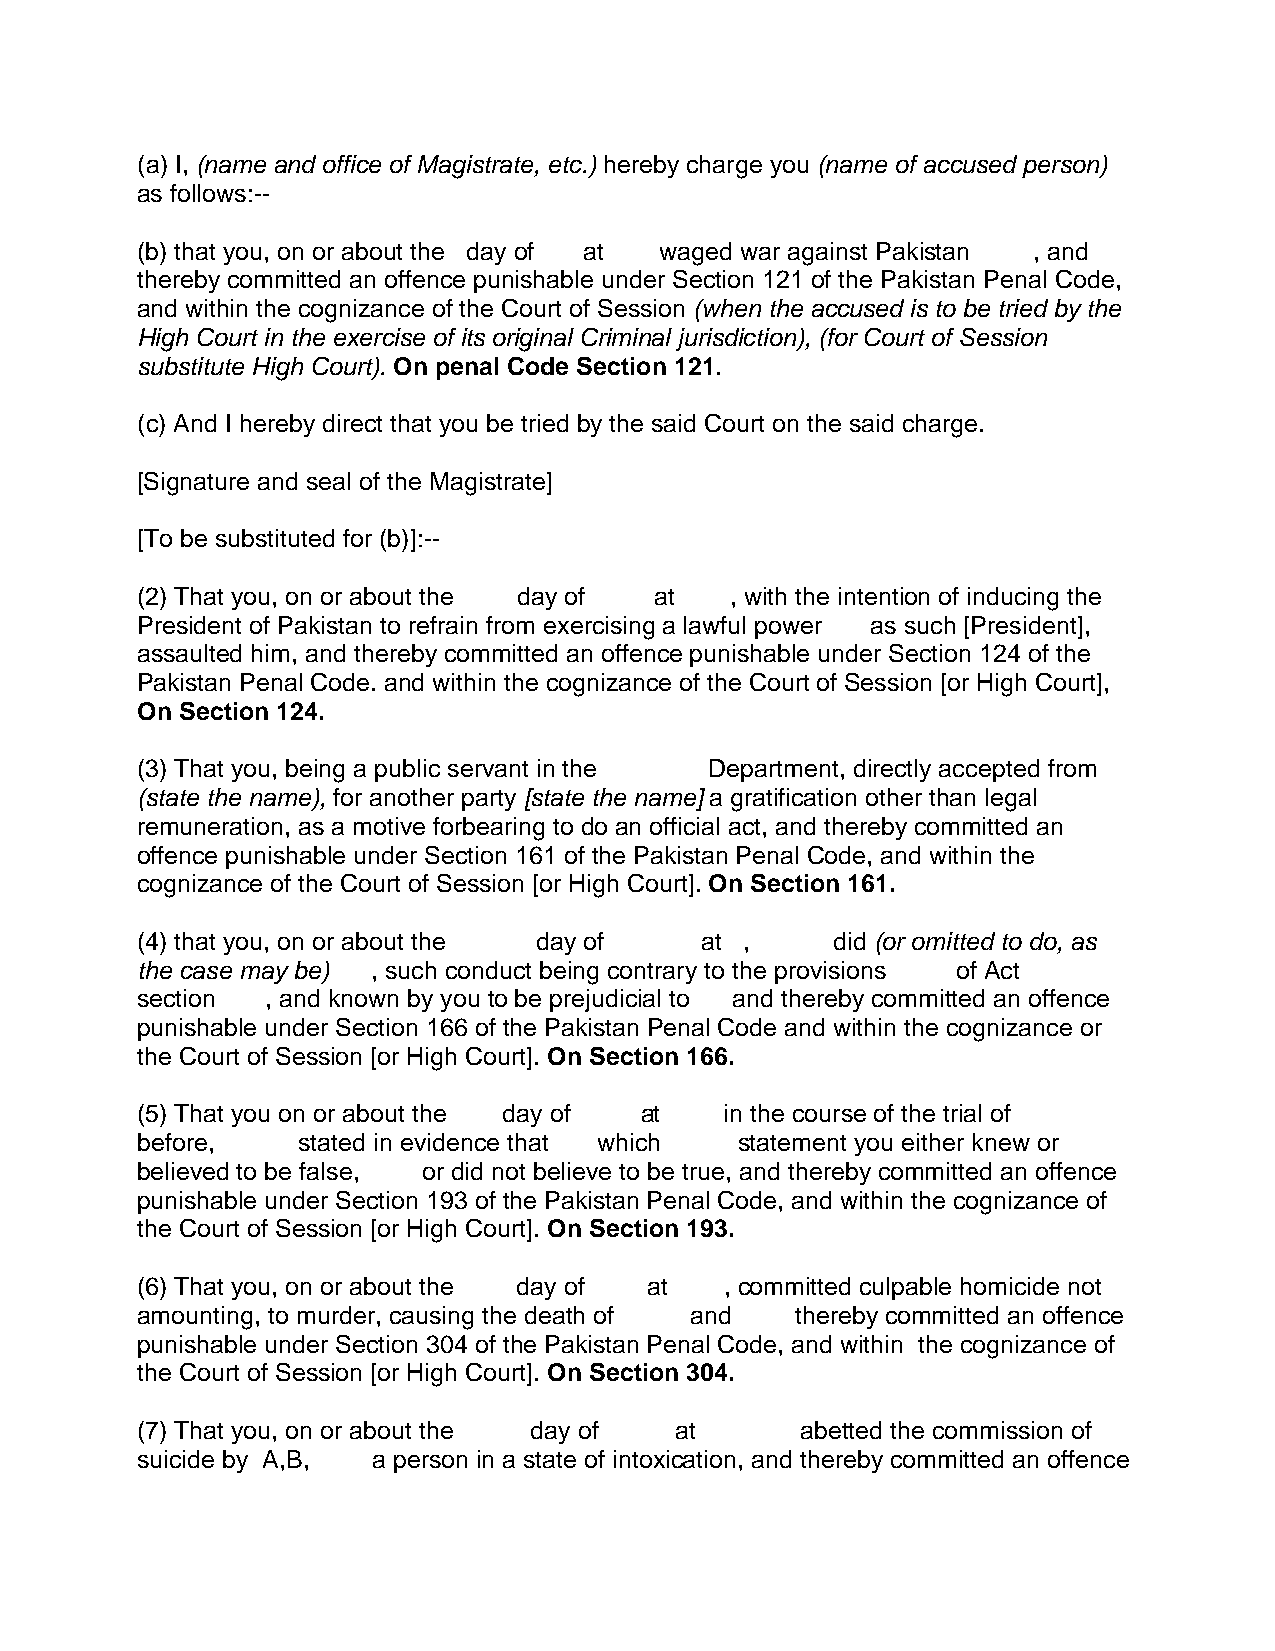
(a) I, (name and office of Magistrate, etc.) hereby charge you (name of accused person)
 as follows:--
 (b) that you, on or about the day of at waged war against Pakistan , and
 thereby committed an offence punishable under Section 121 of the Pakistan Penal Code,
 and within the cognizance of the Court of Session (when the accused is to be tried by the
 High Court in the exercise of its original Criminal jurisdiction), (for Court of Session
 substitute High Court). On penal Code Section 121.
 (c) And I hereby direct that you be tried by the said Court on the said charge.
 [Signature and seal of the Magistrate]
 [To be substituted for (b)]:--
 (2) That you, on or about the day of at , with the intention of inducing the
 President of Pakistan to refrain from exercising a lawful power as such [President],
 assaulted him, and thereby committed an offence punishable under Section 124 of the
 Pakistan Penal Code. and within the cognizance of the Court of Session [or High Court],
 On Section 124.
 (3) That you, being a public servant in the Department, directly accepted from
 (state the name), for another party [state the name] a gratification other than legal
 remuneration, as a motive forbearing to do an official act, and thereby committed an
 offence punishable under Section 161 of the Pakistan Penal Code, and within the
 cognizance of the Court of Session [or High Court]. On Section 161.
 (4) that you, on or about the day of at ,     did (or omitted to do, as
 the case may be) , such conduct being contrary to the provisions of Act
 section  , and known by you to be prejudicial to and thereby committed an offence
 punishable under Section 166 of the Pakistan Penal Code and within the cognizance or
 the Court of Session [or High Court]. On Section 166.
 (5) That you on or about the day of at in the course of the trial of
 before,    stated in evidence that which statement you either knew or
 believed to be false, or did not believe to be true, and thereby committed an offence
 punishable under Section 193 of the Pakistan Penal Code, and within the cognizance of
 the Court of Session [or High Court]. On Section 193.
 (6) That you, on or about the day of at , committed culpable homicide not
 amounting, to murder, causing the death of and thereby committed an offence
 punishable under Section 304 of the Pakistan Penal Code, and within the cognizance of
 the Court of Session [or High Court]. On Section 304.
 (7) That you, on or about the day of at     abetted the commission of
 suicide by A,B, a person in a state of intoxication, and thereby committed an offence